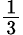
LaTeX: \textstyle{\frac{1}{3}}